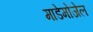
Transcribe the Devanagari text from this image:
माडेमोजेल